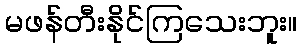
မဖန်တီးနိုင်ကြသေးဘူး။